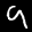
Label: 9